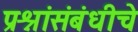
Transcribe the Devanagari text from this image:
प्रश्नांसंबंधीचे